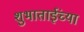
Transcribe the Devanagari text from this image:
शुभाताईंच्या